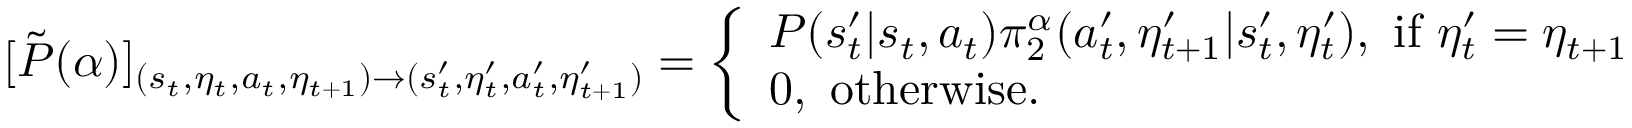
\begin{array} { r } { [ \tilde { P } ( \alpha ) ] _ { ( s _ { t } , \eta _ { t } , a _ { t } , \eta _ { t + 1 } ) \to ( s _ { t } ^ { \prime } , \eta _ { t } ^ { \prime } , a _ { t } ^ { \prime } , \eta _ { t + 1 } ^ { \prime } ) } = \left\{ \begin{array} { l l } { P ( s _ { t } ^ { \prime } | s _ { t } , a _ { t } ) \pi _ { 2 } ^ { \alpha } ( a _ { t } ^ { \prime } , \eta _ { t + 1 } ^ { \prime } | s _ { t } ^ { \prime } , \eta _ { t } ^ { \prime } ) , \ \mathrm { i f ~ } \eta _ { t } ^ { \prime } = \eta _ { t + 1 } } \\ { 0 , \ \mathrm { o t h e r w i s e } . } \end{array} \right. } \end{array}